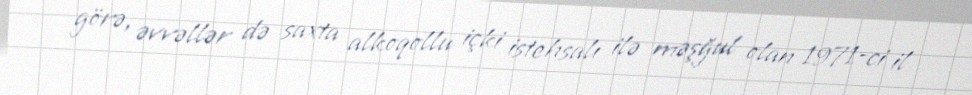
görə, əvvəllər də saxta alkoqollu içki istehsalı ilə məşğul olan 1971-ci il